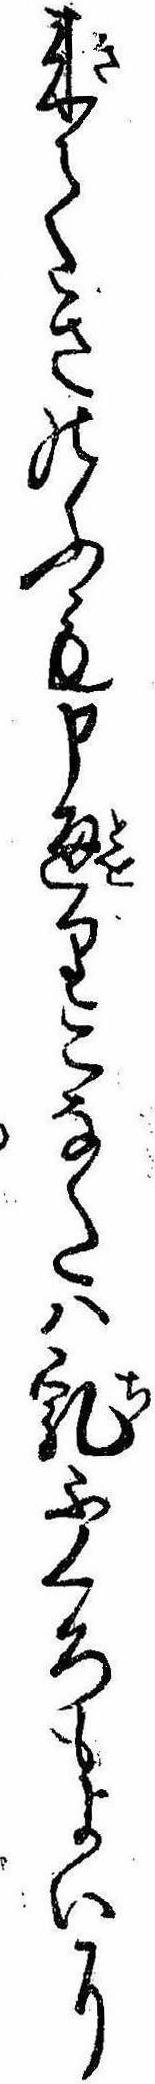
来てきのふも申通りこなたは乳ふくろもよいに